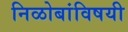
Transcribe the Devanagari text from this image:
निळोबांविषयी